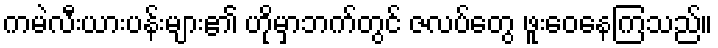
ကမဲလီးယားပန်းများ၏ ဟိုမှာဘက်တွင် ဇလပ်တွေ ဖူးဝေနေကြသည်။